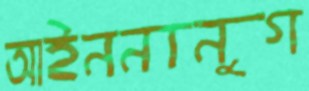
আইননানুগ